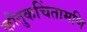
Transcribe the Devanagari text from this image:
कौतुकचिंतामणि